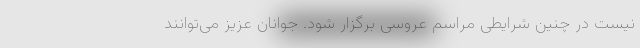
نیست در چنین شرایطی مراسم عروسی برگزار شود. جوانان عزیز می‌توانند